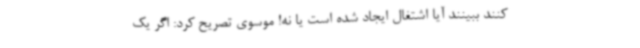
کنند ببینند آیا اشتغال ایجاد شده است یا نه! موسوی تصریح کرد: اگر یک